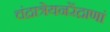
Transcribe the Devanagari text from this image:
चंद्रात्रेयनरेंद्राणां